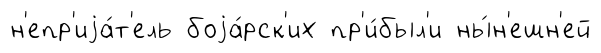
н'епр'иjа́т'ель боjа́рск'их пр'и́был'и ны́н'ешн'ей